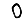
Digit: 0